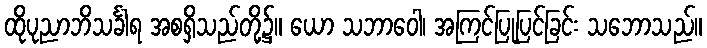
ထိုပုညာဘိသင်္ခါရ အစရှိသည်တို့၌။ ယော သဘာဝေါ၊ အကြင်ပြုပြင်ခြင်း သဘောသည်။